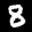
Label: 8